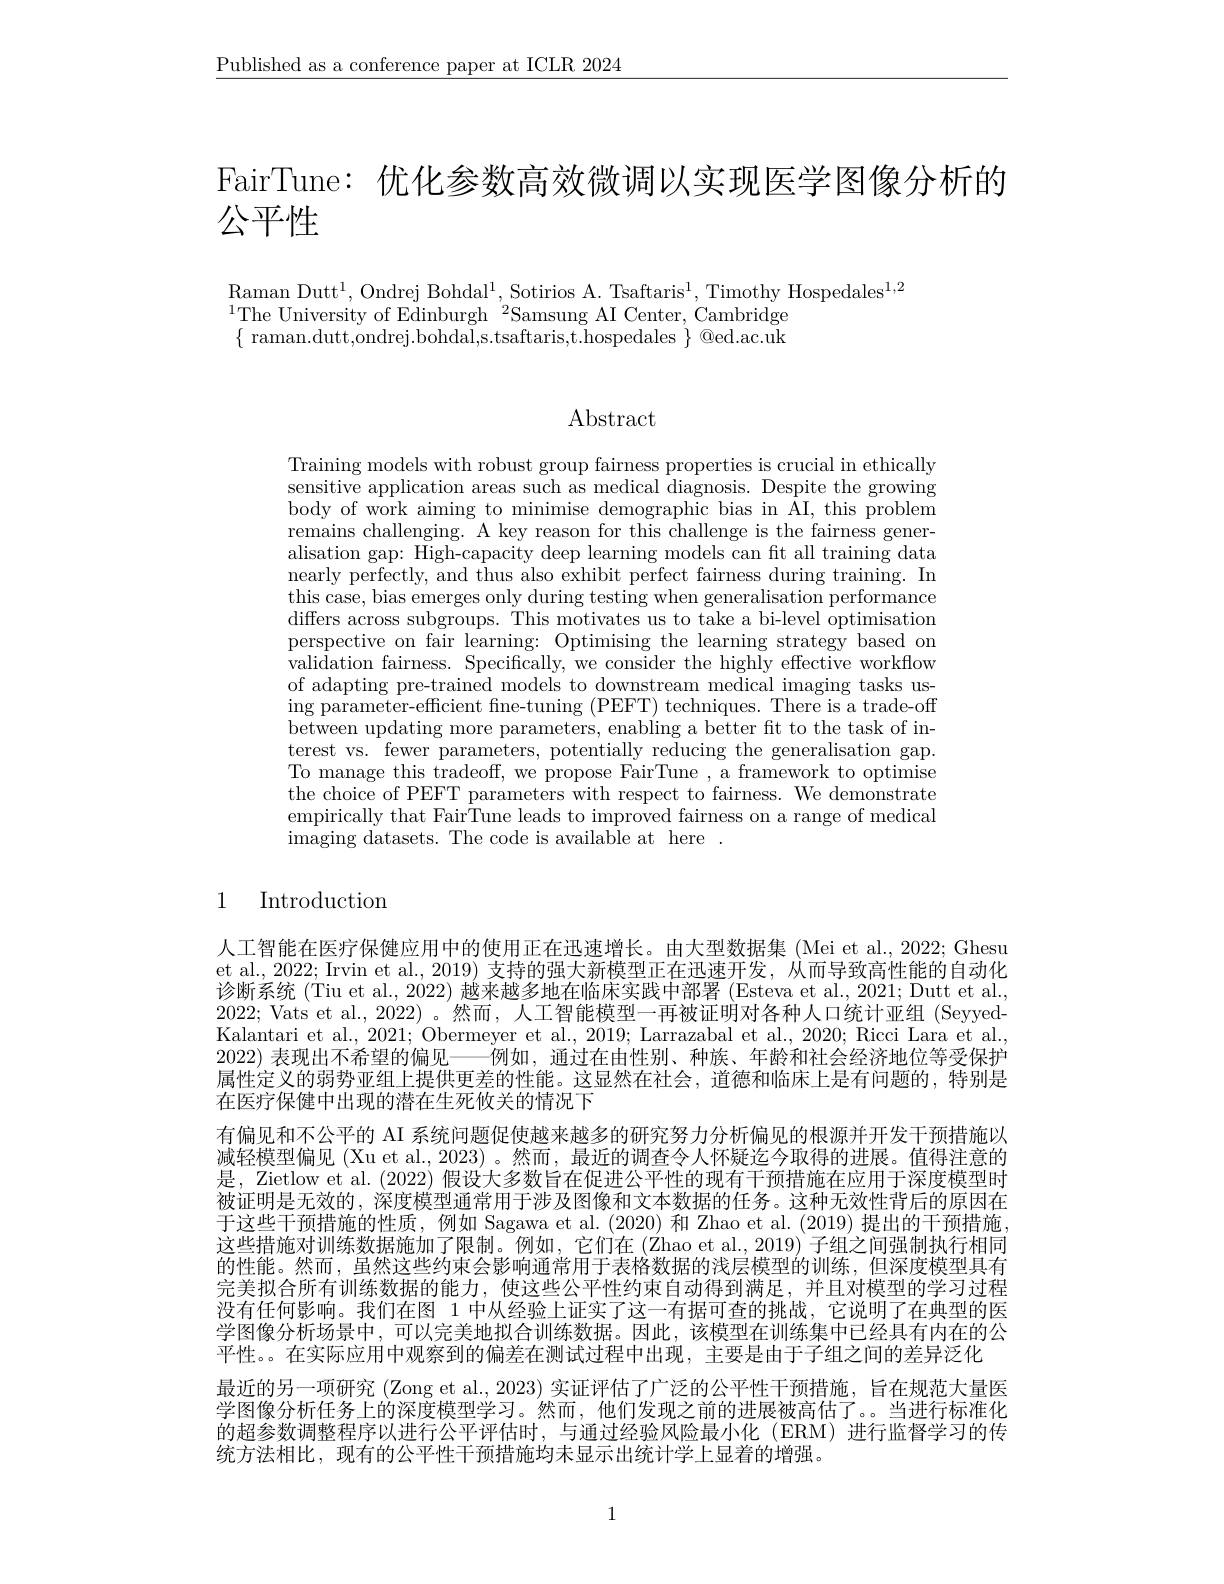
$\underline{\text{Published as a conference paper at ICLR 2024}}$

FairTune: 优化参数高效微调以实现医学图像分析的

公平性

$\begin{array}{l}\mathrm{Raman~Dutt^1,~Ondrej~Bohdal^1,~Sotirios~A.~Tsaftaris^1,~Timothy~Hospedales^{1,2}}\\\mathrm{Raman~Dutt^1,~Ondrej~Bohdal^1,~Sotirios~A.~Tsaftaris^1,~Timothy~Hospedales^{1,2}}\end{array}$
$^{1}$The University of Edinburgh $^2$Samsung AI Center, Cambridge $\{$ raman.dutt,ondrej.bohdal,s.tsaftaris,t.hospedales $\}$ @ed.ac.uk

Abstract

Training models with robust group fairness properties is crucial in ethically sensitive application areas such as medical diagnosis. Despite the growing body of work aiming to minimise demographic bias in AI, this problem remains challenging. A key reason for this challenge is the fairness generalisation gap: High-capacity deep learning models can ft all training data nearly perfectly, and thus also exhibit perfect fairness during training. In this case, bias emerges only during testing when generalisation performance differs across subgroups. This motivates us to take a bi-level optimisation perspective on fair learning: Optimising the learning strategy based on validation fairness. Specifically, we consider the highly effective workflow of adapting pre-trained models to downstream medical imaging tasks using parameter-efficient fine-tuning (PEFT) techniques. There is a trade-off between updating more parameters, enabling a better fit to the task of interest vs. fewer parameters, potentially reducing the generalisation gap. To manage this tradeoff, we propose FairTune , a framework to optimise the choice of PEFT parameters with respect to fairness. We demonstrate empirically that FairTune leads to improved fairness on a range of medical ${\mathrm{imaging~datasets.~The~code~is~available~at~here~}}.$

## 1 Introduction

人工智能在医疗保健应用中的使用正在迅速增长。由大型数据集 (Mei et al., 2022; Ghesu et al., 2022; Irvin et al., 2019) 支持的强大新模型正在迅速开发，从而导致高性能的自动化诊断系统 (Tiu et al., 2022) 越来越多地在临床实践中部署 (Esteva et al., 2021; Dutt et al. 2022; Vats et al., 2022) 。然而，人工智能模型一再被证明对各种人口统计亚组 (SeyyedKalantari et al., 2021; Obermeyer et al., 2019; Larrazabal et al., 2020; Ricci Lara et al. 2022) 表现出不希望的偏见——例如，通过在由性别、种族、年龄和社会经济地位等受保护属性定义的弱势亚组上提供更差的性能。这显然在社会，道德和临床上是有问题的，特别是在医疗保健中出现的潜在生死攸关的情况下
有偏见和不公平的 AI 系统问题促使越来越多的研究努力分析偏见的根源并开发干预措施以减轻模型偏见 (Xu et al., 2023) 。然而，最近的调查令人怀疑迄今取得的进展。值得注意的是，Zietlow et al. (2022) 假设大多数旨在促进公平性的现有干预措施在应用于深度模型时被证明是无效的，深度模型通常用于涉及图像和文本数据的任务。这种无效性背后的原因在于这些干预措施的性质，例如 Sagawa et al.(2020) 和 Zhao et al.(2019) 提出的干预措施这些措施对训练数据施加了限制。例如，它们在(Zhao et al., 2019) 子组之间强制执行相同的性能。然而，虽然这些约束会影响通常用于表格数据的浅层模型的训练，但深度模型具有完美拟合所有训练数据的能力，使这些公平性约束自动得到满足，并且对模型的学习过程没有任何影响。我们在图 1 中从经验上证实了这一有据可查的挑战，它说明了在典型的医学图像分析场景中，可以完美地拟合训练数据。因此，该模型在训练集中已经具有内在的公平性。。在实际应用中观察到的偏差在测试过程中出现，主要是由于子组之间的差异泛化
最近的另一项研究 (Zong et al., 2023) 实证评估了广泛的公平性干预措施，旨在规范大量医学图像分析任务上的深度模型学习。然而，他们发现之前的进展被高估了。。当进行标准化的超参数调整程序以进行公平评估时，与通过经验风险最小化(ERM)进行监督学习的传统方法相比，现有的公平性干预措施均未显示出统计学上显着的增强。

1